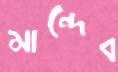
মান্দেব